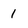
Character: 1